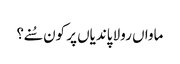
ماواں رولا پاندیاں پر کون سُنے؟